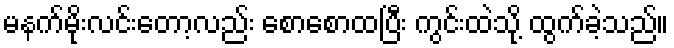
မနက်မိုးလင်းတော့လည်း စောစောထပြီး ကွင်းထဲသို့ ထွက်ခဲ့သည်။